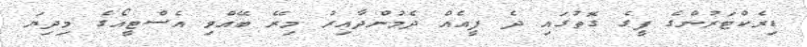
ޑިރެކްޓަރުންގެ ފީގެ ގޮތުގައި ދެ ފީއެއް ދެމުންދާއިރު މިރޭ ބޭއްވި އެސްޓީއޯގެ މިދިޔަ